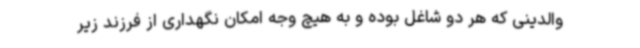
والدینی که هر دو شاغل بوده و به هیچ وجه امکان نگهداری از فرزند زیر